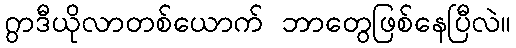
ဂွာဒီယိုလာတစ်ယောက် ဘာတွေဖြစ်နေပြီလဲ။